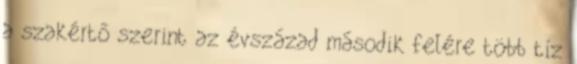
a szakértő szerint az évszázad második felére több tíz